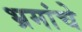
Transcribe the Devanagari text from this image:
भ्रमांचे